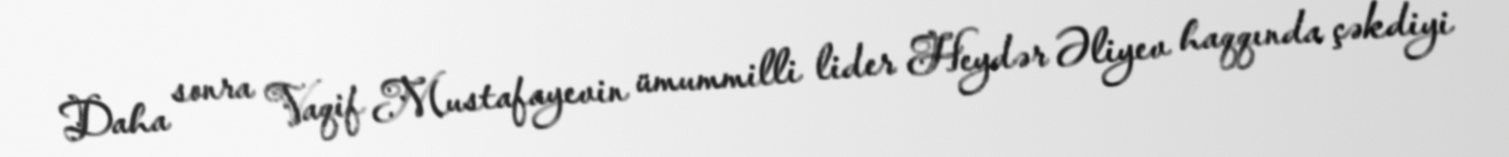
Daha sonra Vaqif Mustafayevin ümummilli lider Heydər Əliyev haqqında çəkdiyi